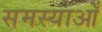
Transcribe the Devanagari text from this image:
समस्याओँ